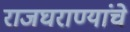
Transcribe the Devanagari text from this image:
राजघराण्यांचे